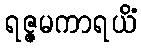
ရဇ္ဇမကာရယိံ